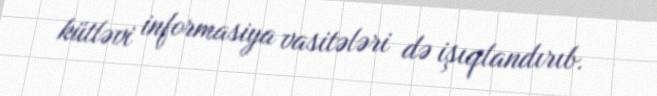
kütləvi informasiya vasitələri də işıqlandırıb.